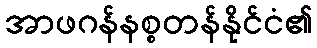
အာဖဂန်နစ္စတန်နိုင်ငံ၏